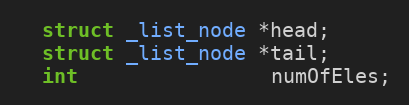
Language: C
  struct _list_node *head;
  struct _list_node *tail;
  int                numOfEles;